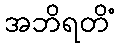
အဘိရတိံ